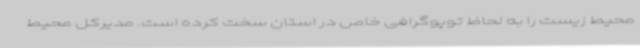
محیط زیست را به لحاظ توپوگرافی خاص در استان سخت کرده است. مدیرکل محیط